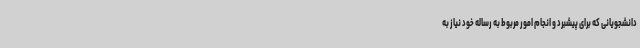
دانشجویانی که برای پیشبرد و انجام امور مربوط به رساله خود نیاز به